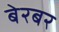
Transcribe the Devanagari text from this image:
बेरबर